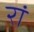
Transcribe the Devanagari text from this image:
रां